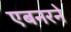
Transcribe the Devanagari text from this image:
एबनरने